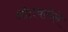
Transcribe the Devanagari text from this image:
ओतवलेले